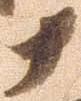
十